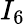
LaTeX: I_{6}